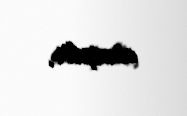
etmişdir.